Veterinary regulations India, 1939 -
Year: 1939
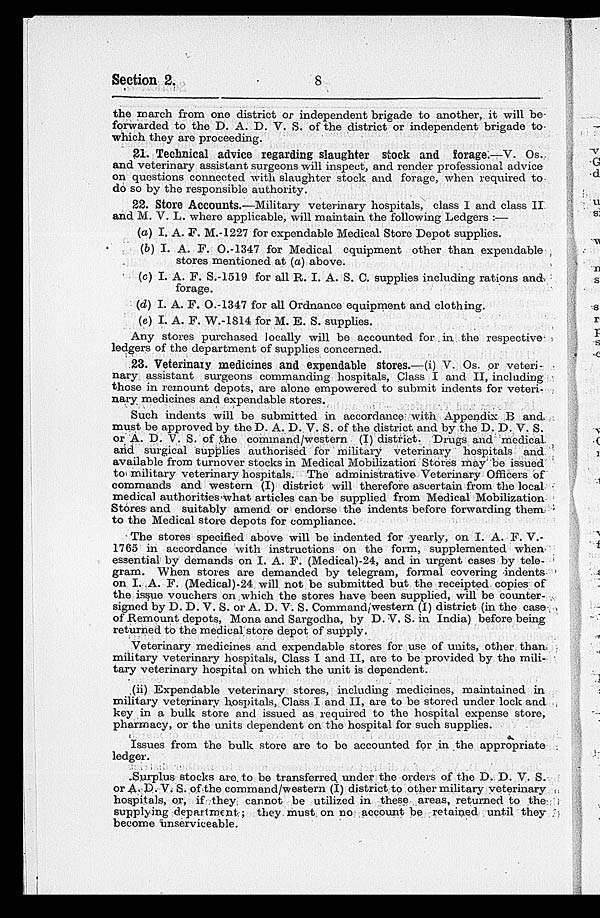
Section 2.
8
the march from one district or independent brigade to another, it will be
forwarded to the D. A. D. V. S. of the district or independent brigade to
which they are proceeding.
21. Technical advice regarding slaughter stock and forage.—V. Os.
and veterinary assistant surgeons will inspect, and render professional advice
on questions connected with slaughter stock and forage, when required to
do so by the responsible authority.
22. Store Accounts.—Military veterinary hospitals, class I and class II
and M. V. L. where applicable, will maintain the following Ledgers :—
(a) I. A. F. M.-1227 for expendable Medical Store Depot supplies.
(b) I. A. F. O.-1347 for Medical equipment other than expendable
stores mentioned at (a) above.
(c) I. A. F. S.-1519 for all R. I. A. S. C. supplies including rations and
forage.
(d) I. A. F. O.-1347 for all Ordnance equipment and clothing.
(e) I. A. F. W.-1814 for M. E. S. supplies.
Any stores purchased locally will be accounted for in, the respective-
ledgers of the department of supplies concerned.
23. Veterinary medicines and expendable stores.—(i) V. Os. or veteri-
nary assistant surgeons commanding hospitals, Class I and II, including
those in remount depots, are alone empowered to submit indents for veteri-
nary medicines and expendable stores.
Such indents will be submitted in accordance with Appendix B and
must be approved by the D. A. D. V. S. of the district and by the D. D. V. S.
or A. D. V. S. of the command/western (I) district. Drugs and medical
and surgical supplies authorised for military veterinary hospitals and
available from turnover stocks in Medical Mobilization Stores may be issued
to military veterinary hospitals. The administrative Veterinary Officers of
commands and western (I) district will therefore ascertain from the local
medical authorities what articles can be supplied from Medical Mobilization
Stores and suitably amend or endorse the indents before forwarding them
to the Medical store depots for compliance.
The stores specified above will be indented for yearly, on I. A. F. V.-
1765 in accordance with instructions on the form, supplemented when
essential by demands on I. A. F. (Medical)-24, and in urgent cases by tele-
gram. When stores are demanded by telegram, formal covering indents
on I. A. F. (Medical)-24 will not be submitted but the receipted copies of
the issue vouchers on which the stores have been supplied, will be counter-
signed by D. D. V. S. or A. D. V. S. Command/western (I) district (in the case
of Remount depots, Mona and Sargodha, by D.V. S. in India) before being
returned to the medical store depot of supply.
Veterinary medicines and expendable stores for use of units, other than,
military veterinary hospitals, Class I and II, are to be provided by the mili-
tary veterinary hospital on which the unit is dependent.
(ii) Expendable veterinary stores, including medicines, maintained in
military veterinary hospitals, Class I and II, are to be stored under lock and
key in a bulk store and issued as required to the hospital expense store,
pharmacy, or the units dependent on the hospital for such supplies.
Issues from the bulk store are to be accounted for in the appropriate
ledger.
Surplus stocks are. to be transferred under the orders of the D. D. V. S.
or A. D. V. S. of the command/western (I) district to other military veterinary
hospitals, or, if they cannot be utilized in these areas, returned to the
supplying department; they must on no account be retained until they
become unserviceable.